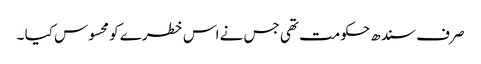
صر ف سندھ حکومت تھی جس نے اس خطرے کو محسوس کیا ۔